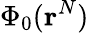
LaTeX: \Phi_{0}(\mathbf{r}^{N})